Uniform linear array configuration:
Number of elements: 48
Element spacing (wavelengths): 0.75
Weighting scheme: cosine
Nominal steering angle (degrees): -60
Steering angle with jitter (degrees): -60.294
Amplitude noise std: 0.05
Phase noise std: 0.05

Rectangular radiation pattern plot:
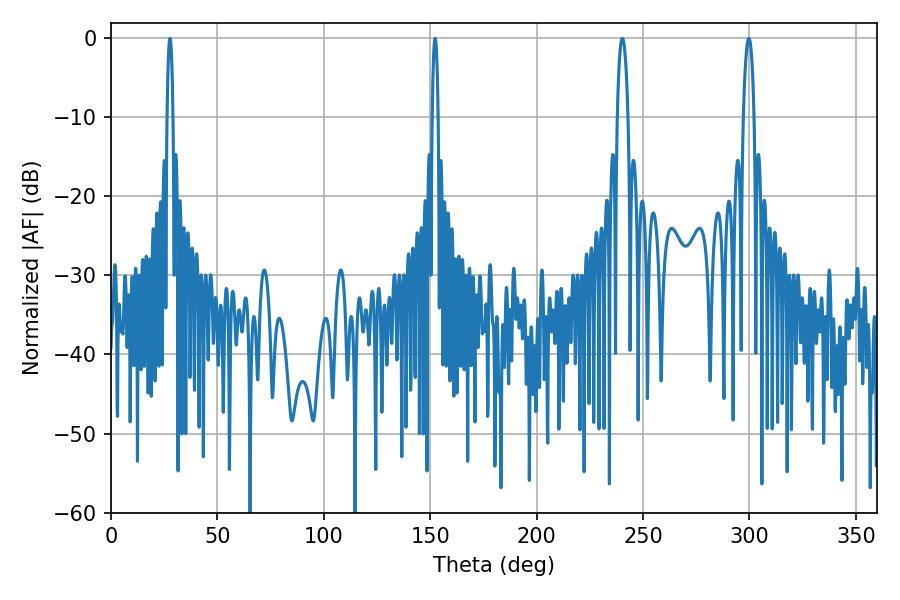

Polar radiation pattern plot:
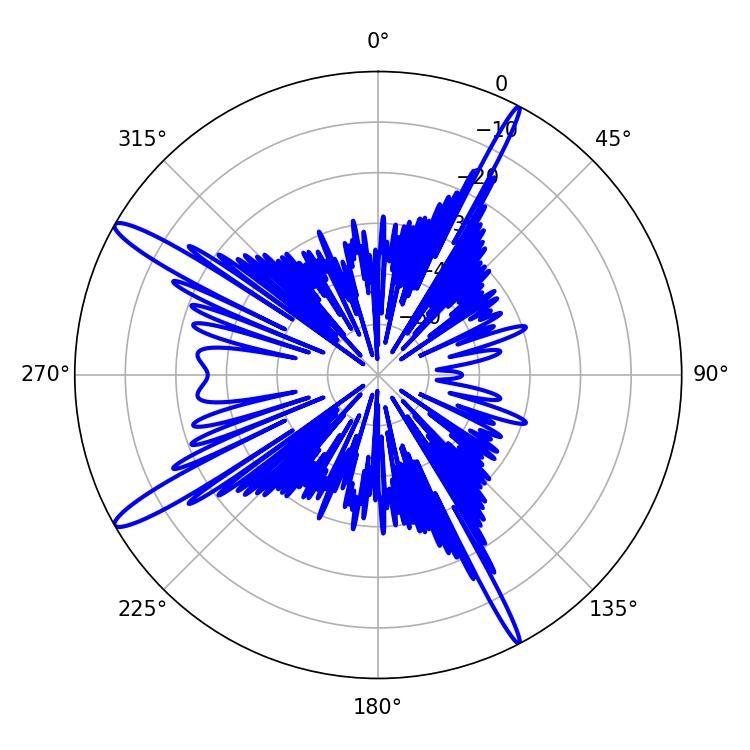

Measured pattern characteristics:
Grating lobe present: TRUE
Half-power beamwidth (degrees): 2.88
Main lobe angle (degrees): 240.3